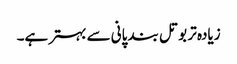
زیادہ تر بوتل بند پانی سے بہتر ہے۔